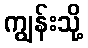
ကျွန်းသို့